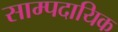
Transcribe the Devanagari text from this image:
साम्पदायिक